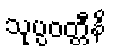
သုပ္ပဝတ္တီနိ